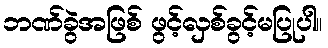
ဘဏ်ခွဲအဖြစ် ဖွင့်လှစ်ခွင့်မပြုပါ။